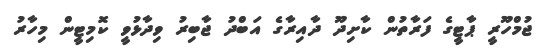
ޖުމްހޫރީ ޕާޓީގެ ފަރާތުން ކާށިދޫ ދާއިރާގެ އަބްދު ޖާބިރު ވިދާޅުވީ ކޮމިޓީން މިހާރު